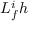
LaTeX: L _ { f } ^ { i } h